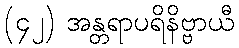
(၄၂) အန္တရာပရိနိဗ္ဗာယီ